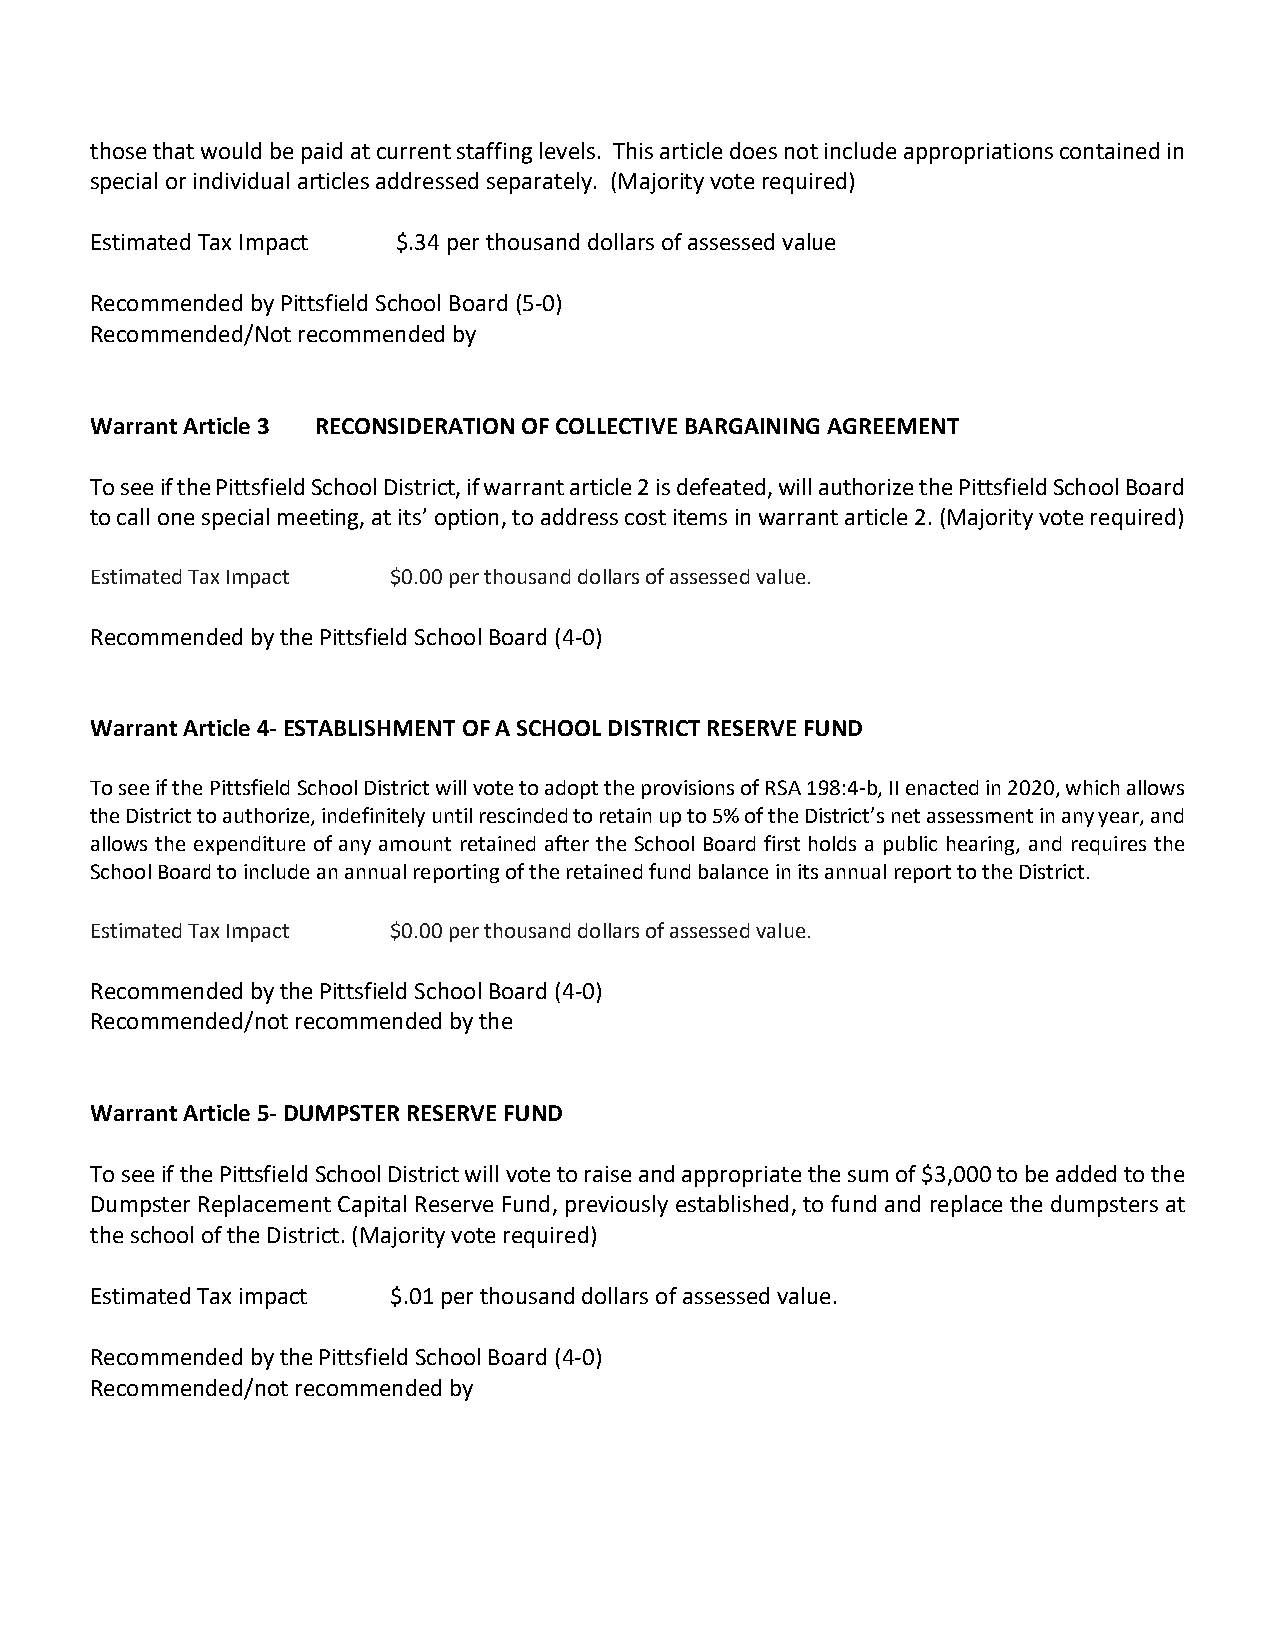
those that would be paid at current staffing levels. This article does not include appropriations contained in
 special or individual articles addressed separately. (Majority vote required)
 Estimated Tax Impact $.34 per thousand dollars of assessed value
 Recommended by Pittsfield School Board (5-0)
 Recommended/Not recommended by
 Warrant Article 3 RECONSIDERATION OF COLLECTIVE BARGAINING AGREEMENT
 To see if the Pittsfield School District, if warrant article 2 is defeated, will authorize the Pittsfield School Board
 to call one special meeting, at its’ option, to address cost items in warrant article 2. (Majority vote required)
 Estimated Tax Impact $0.00 per thousand dollars of assessed value.
 Recommended by the Pittsfield School Board (4-0)
 Warrant Article 4- ESTABLISHMENT OF A SCHOOL DISTRICT RESERVE FUND
 To see if the Pittsfield School District will vote to adopt the provisions of RSA 198:4-b, II enacted in 2020, which allows
 the District to authorize, indefinitely until rescinded to retain up to 5% of the District’s net assessment in any year, and
 allows the expenditure of any amount retained after the School Board first holds a public hearing, and requires the
 School Board to include an annual reporting of the retained fund balance in its annual report to the District.
 Estimated Tax Impact $0.00 per thousand dollars of assessed value.
 Recommended by the Pittsfield School Board (4-0)
 Recommended/not recommended by the
 Warrant Article 5- DUMPSTER RESERVE FUND
 To see if the Pittsfield School District will vote to raise and appropriate the sum of $3,000 to be added to the
 Dumpster Replacement Capital Reserve Fund, previously established, to fund and replace the dumpsters at
 the school of the District. (Majority vote required)
 Estimated Tax impact $.01 per thousand dollars of assessed value.
 Recommended by the Pittsfield School Board (4-0)
 Recommended/not recommended by